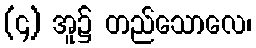
(၄) အူ၌ တည်သောလေ၊